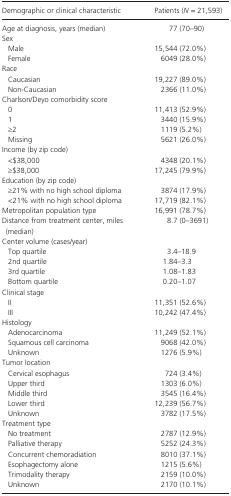
<table><thead><tr><td><b>Demographic or clinical characteristic</b></td><td><b>Patients (<i>N</i> = 21,593)</b></td></tr></thead><tbody><tr><td>Age at diagnosis, years (median)</td><td>77 (70–90)</td></tr><tr><td colspan="2">Sex</td></tr><tr><td>Male</td><td>15,544 (72.0%)</td></tr><tr><td>Female</td><td>6049 (28.0%)</td></tr><tr><td colspan="2">Race</td></tr><tr><td>Caucasian</td><td>19,227 (89.0%)</td></tr><tr><td>Non‐Caucasian</td><td>2366 (11.0%)</td></tr><tr><td colspan="2">Charlson/Deyo comorbidity score</td></tr><tr><td>0</td><td>11,413 (52.9%)</td></tr><tr><td>1</td><td>3440 (15.9%)</td></tr><tr><td>≥2</td><td>1119 (5.2%)</td></tr><tr><td>Missing</td><td>5621 (26.0%)</td></tr><tr><td colspan="2">Income (by zip code)</td></tr><tr><td>&lt;$38,000</td><td>4348 (20.1%)</td></tr><tr><td>≥$38,000</td><td>17,245 (79.9%)</td></tr><tr><td colspan="2">Education (by zip code)</td></tr><tr><td>≥21% with no high school diploma</td><td>3874 (17.9%)</td></tr><tr><td>&lt;21% with no high school diploma</td><td>17,719 (82.1%)</td></tr><tr><td>Metropolitan population type</td><td>16,991 (78.7%)</td></tr><tr><td>Distance from treatment center, miles (median)</td><td>8.7 (0–3691)</td></tr><tr><td colspan="2">Center volume (cases/year)</td></tr><tr><td>Top quartile</td><td>3.4–18.9</td></tr><tr><td>2nd quartile</td><td>1.84–3.3</td></tr><tr><td>3rd quartile</td><td>1.08–1.83</td></tr><tr><td>Bottom quartile</td><td>0.20–1.07</td></tr><tr><td colspan="2">Clinical stage</td></tr><tr><td>II</td><td>11,351 (52.6%)</td></tr><tr><td>III</td><td>10,242 (47.4%)</td></tr><tr><td colspan="2">Histology</td></tr><tr><td>Adenocarcinoma</td><td>11,249 (52.1%)</td></tr><tr><td>Squamous cell carcinoma</td><td>9068 (42.0%)</td></tr><tr><td>Unknown</td><td>1276 (5.9%)</td></tr><tr><td colspan="2">Tumor location</td></tr><tr><td>Cervical esophagus</td><td>724 (3.4%)</td></tr><tr><td>Upper third</td><td>1303 (6.0%)</td></tr><tr><td>Middle third</td><td>3545 (16.4%)</td></tr><tr><td>Lower third</td><td>12,239 (56.7%)</td></tr><tr><td>Unknown</td><td>3782 (17.5%)</td></tr><tr><td colspan="2">Treatment type</td></tr><tr><td>No treatment</td><td>2787 (12.9%)</td></tr><tr><td>Palliative therapy</td><td>5252 (24.3%)</td></tr><tr><td>Concurrent chemoradiation</td><td>8010 (37.1%)</td></tr><tr><td>Esophagectomy alone</td><td>1215 (5.6%)</td></tr><tr><td>Trimodality therapy</td><td>2159 (10.0%)</td></tr><tr><td>Unknown</td><td>2170 (10.1%)</td></tr></tbody></table>